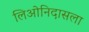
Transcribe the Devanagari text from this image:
लिओनिदासला